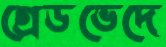
গ্রেডভেদে